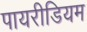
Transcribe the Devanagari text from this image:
पायरीडियम